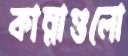
কান্নাগুলো